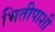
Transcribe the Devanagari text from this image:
भितीपाशी